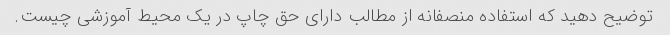
توضیح دهید که استفاده منصفانه از مطالب دارای حق چاپ در یک محیط آموزشی چیست.